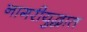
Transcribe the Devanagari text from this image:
नागरीयुद्धात